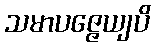
သမာပဇ္ဇေယျပိ